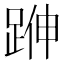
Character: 𨁬